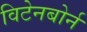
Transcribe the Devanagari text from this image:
विटेनबोर्न